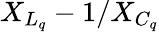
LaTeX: X_{L_{q}}-1/X_{C_{q}}